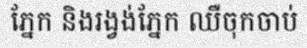
ភ្នែក និងរង្វង់ភ្នែក ឈឺចុកចាប់